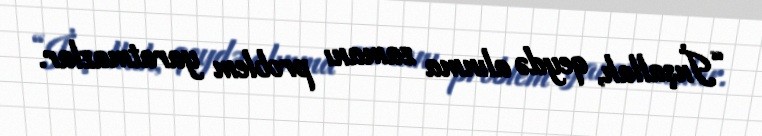
“İnşallah, qeydə alınma zamanı problem yaratmazlar.